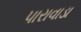
પારાવાડા